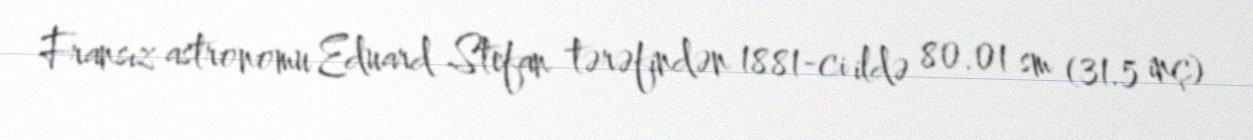
Fransız astronomu Eduard Stefan tərəfindən 1881-ci ildə 80.01 sm (31.5 inç)